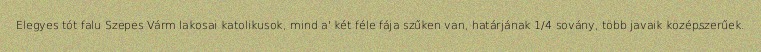
Elegyes tót falu Szepes Várm lakosai katolikusok, mind a' két féle fája szűken van, határjának 1/4 sovány, több javaik középszerűek.